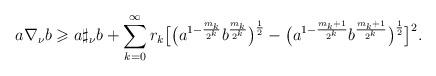
LaTeX: \begin{align*} a\nabla_{\nu} b \geqslant a\sharp_{\nu}b+\sum_{k=0}^{\infty}r_{k}\big[\big(a^{1-\frac{m_k}{2^k}}b^{\frac{m_k}{2^k}}\big)^{\frac{1}{2}}-\big(a^{1-\frac{m_k+1}{2^k}}b^{\frac{m_k+1}{2^k}}\big)^{\frac{1}{2}}\big]^{2}.\end{align*}